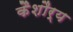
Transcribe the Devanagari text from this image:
कैशौर्य